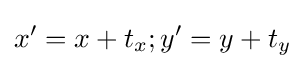
x'=x+t_{x};y'=y+t_{y}